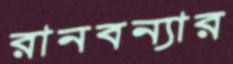
রানবন্যার